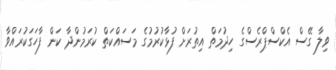
ވިލާ ގޭސް އެކްސްޕްރެސްގެ ހިދުމަތް އިތުރަށް ފުޅާކުރުމުގެ މަސައްކަތް ކުރަމުންދާ ކަން ފާހަގަކުރައްވާ